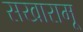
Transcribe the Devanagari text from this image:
सखारामू